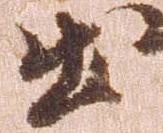
出